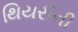
થિયરીની